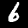
Digit: 6